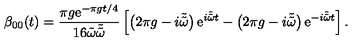
\beta _ { 0 0 } ( t ) = \frac { \pi g \mathrm { e } ^ { - \pi g t / 4 } } { 1 6 \tilde { \omega } \tilde { \tilde { \omega } } } \left[ \left( 2 \pi g - i \tilde { \tilde { \omega } } \right) \mathrm { e } ^ { i \tilde { \tilde { \omega } } t } - \left( 2 \pi g - i \tilde { \tilde { \omega } } \right) \mathrm { e } ^ { - i \tilde { \tilde { \omega } } t } \right] .